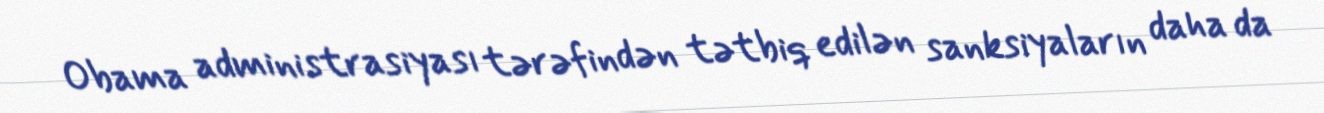
Obama administrasiyası tərəfindən tətbiq edilən sanksiyaların daha da